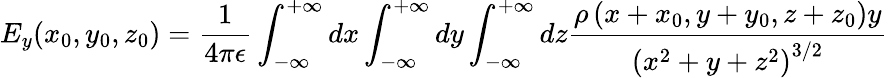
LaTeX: E_{y}(x_{0},y_{0},z_{0})=\frac{1}{4\pi\epsilon}\int_{-\infty}^{+\infty}dx\int_{-\infty}^{+\infty}dy\int_{-\infty}^{+\infty}dz\frac{\rho\left(x+x_{0},y+y_{0},z+z_{0}\right)y}{\left(x^{2}+y+z^{2}\right)^{3/2}}